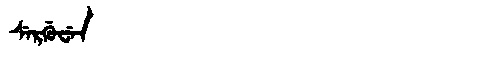
Manchu: ᠰᡝᡵᡤᡠᠸᡝᠨ
Romanization: SERGUWEN